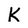
Character: K